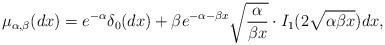
LaTeX: \begin{align*}\mu_{\alpha,\beta}(dx)=e^{-\alpha}\delta_{0}(dx)+\beta e^{-\alpha-\beta x}\sqrt{\frac{\alpha}{\beta x}} \cdot I_1 (2\sqrt{\alpha \beta x})dx,\end{align*}